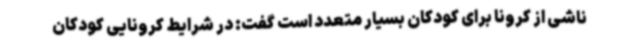
ناشی از کرونا برای کودکان بسیار متعدد است گفت: در شرایط کرونایی کودکان